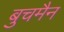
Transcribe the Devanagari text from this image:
बुचमैन